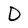
Character: D